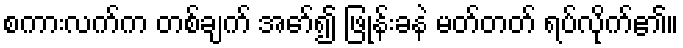
စကားလက်က တစ်ချက် အော်၍ ဖြုန်းခနဲ မတ်တတ် ရပ်လိုက်၏။